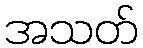
အသတ်